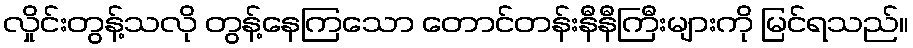
လှိုင်းတွန့်သလို တွန့်နေကြသော တောင်တန်းနီနီကြီးများကို မြင်ရသည်။